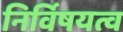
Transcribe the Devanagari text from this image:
निर्विषयत्व